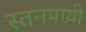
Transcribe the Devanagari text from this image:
स्तनपाय़ी